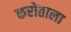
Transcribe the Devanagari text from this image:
करोताला